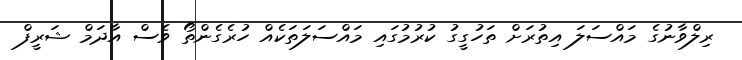
ރިލްވާނުގެ މައްސަލަ އިތުރަށް ތަހުގީގު ކުރުމުގައި މައްސަލަތަކެއް ހުރެގެންތޯ ވެސް އާދަމް ޝަރީފް